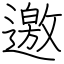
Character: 邀